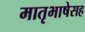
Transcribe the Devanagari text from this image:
मातृभाषेसह